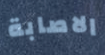
الاصابة